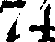
74